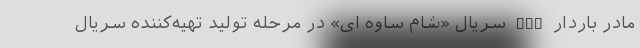
مادر باردار nan سریال «شام ساوه ای» در مرحله تولید تهیه‌کننده سریال